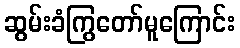
ဆွမ်းခံကြွတော်မူကြောင်း